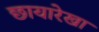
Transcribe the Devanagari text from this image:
छायारेखा